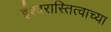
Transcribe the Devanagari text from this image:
ईश्वरास्तित्वाच्या